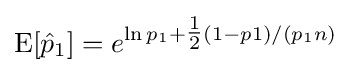
\operatorname {E} [{\hat {p}}_{1}]=e^{\ln p_{1}+{\tfrac {1}{2}}(1-p1)/(p_{1}n)}